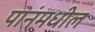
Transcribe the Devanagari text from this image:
पानंमधील